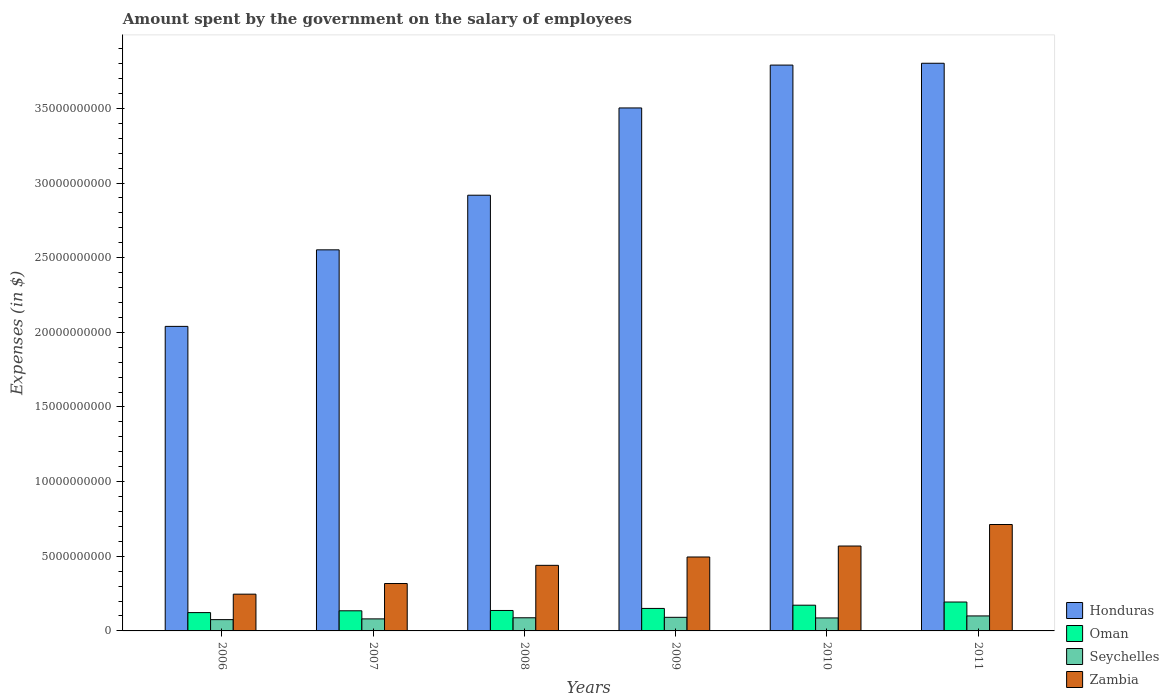
| Years | Honduras | Oman | Seychelles | Zambia |
 | --- | --- | --- | --- | --- |
 | 2006 | 2.04e+10 | 1.23e+09 | 7.56e+08 | 2.46e+09 |
 | 2007 | 2.55e+10 | 1.35e+09 | 8.06e+08 | 3.17e+09 |
 | 2008 | 2.92e+10 | 1.37e+09 | 8.81e+08 | 4.39e+09 |
 | 2009 | 3.5e+10 | 1.51e+09 | 9.11e+08 | 4.95e+09 |
 | 2010 | 3.79e+10 | 1.72e+09 | 8.69e+08 | 5.69e+09 |
 | 2011 | 3.8e+10 | 1.94e+09 | 1e+09 | 7.13e+09 |